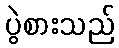
ပွဲစားသည်